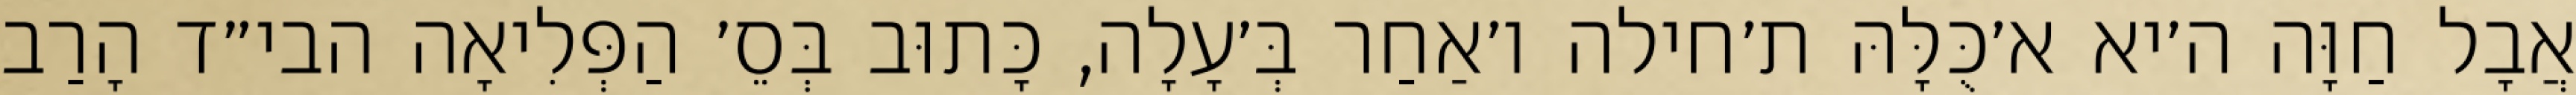
אֲבָל חַוָּה ה׳יא א׳כֻּלָּהּ ת׳חילה ו׳אַחַר בְּ׳עָלָה, כָּתוּב בְּסֵ׳ הַפְּלִיאָה הבי״ד הָרַב